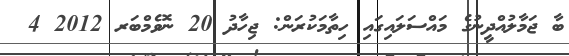
ބާ ޖަމާލުއްދީނުގެ މައްސަލައިގައި ހިތާމަކުރަން: ޖިހާދު 20 ނޮވެމްބަރ 2012 4